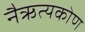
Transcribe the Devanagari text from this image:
नैऋत्यकोण